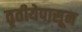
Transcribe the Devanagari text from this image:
तृतीयेपासून